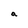
Character: a